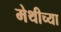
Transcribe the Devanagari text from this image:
मेथीच्या